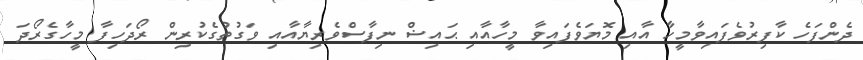
ދެންފަހެ ކާފިރުވެފައިވާމީހާ އާއި މޮޔަވެފައިވާ މީހާއާއި ޙައިޟް ނިފާސްވެރިޔާއާއި ވަގުތުގެކުރިން ރޯދަހިފާ މީހާގެރޯދަ